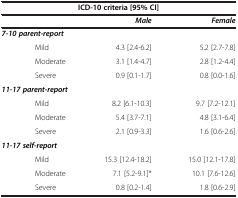
<table><thead><tr><td colspan="3"><b>ICD-10 criteria [95% CI]</b></td></tr><tr><td><b> </b></td><td><b><i>Male</i></b></td><td><b><i>Female</i></b></td></tr></thead><tbody><tr><td><b><i>7-10 parent-report</i></b></td><td colspan="2"> </td></tr><tr><td>Mild</td><td>4.3 [2.4-6.2]</td><td>5.2 [2.7-7.8]</td></tr><tr><td>Moderate</td><td>3.1 [1.4-4.7]</td><td>2.8 [1.2-4.4]</td></tr><tr><td>Severe</td><td>0.9 [0.1-1.7]</td><td>0.8 [0.0-1.6]</td></tr><tr><td><b><i>11-17 parent-report</i></b></td><td colspan="2"> </td></tr><tr><td>Mild</td><td>8.2 [6.1-10.3]</td><td>9.7 [7.2-12.1]</td></tr><tr><td>Moderate</td><td>5.4 [3.7-7.1]</td><td>4.8 [3.1-6.4]</td></tr><tr><td>Severe</td><td>2.1 [0.9-3.3]</td><td>1.6 [0.6-2.6]</td></tr><tr><td><b><i>11-17 self-report</i></b></td><td colspan="2"> </td></tr><tr><td>Mild</td><td>15.3 [12.4-18.2]</td><td>15.0 [12.1-17.8]</td></tr><tr><td>Moderate</td><td>7.1 [5.2-9.1]*</td><td>10.1 [7.6-12.6]</td></tr><tr><td>Severe</td><td>0.8 [0.2-1.4]</td><td>1.8 [0.6-2.9]</td></tr></tbody></table>